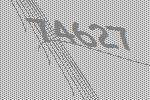
74627